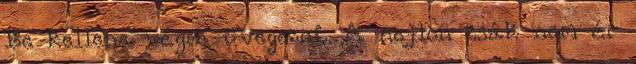
Be kellene végre üvegezni. A nejlon zsák nem ér